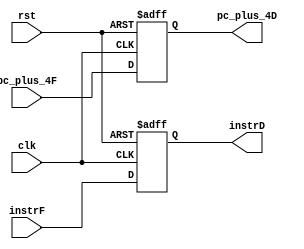
module IF_stage(
     input wire clk,
     input wire rst,
     input wire [31:0] pc_plus_4F,
     input wire [31:0] instrF,
     output reg [31:0] pc_plus_4D,
     output reg [31:0] instrD
    );
    
always@(posedge clk, posedge rst)begin
    if(rst)
    begin
        pc_plus_4D <= 0;
        instrD <= 0; 
    end
    else 
    begin 
        pc_plus_4D <= pc_plus_4F; 
        instrD <= instrF; 
    end       
end
    
endmodule